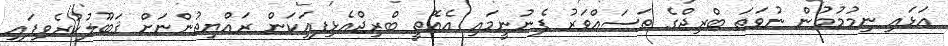
އަޅައި ނިމުމުމުން ނުވަތަ ބްރިޖްގެ ތަސައްވަރު ފެނުނީމައި އެއޮތީ ބްރިޖްއެޅިފއިަކަން ރައްޔިތުންނަށް ޤަބޫލުކުރެވިފައި